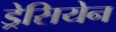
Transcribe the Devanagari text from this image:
ड्रेसियेन